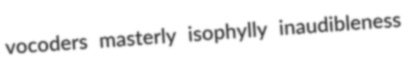
vocoders masterly isophylly inaudibleness